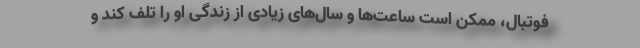
فوتبال، ممکن است ساعت‌ها و سال‌های زیادی از زندگی او را تلف کند و